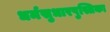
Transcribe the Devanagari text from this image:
धर्मसुधारपुस्तिका